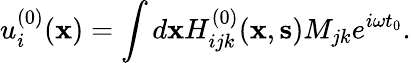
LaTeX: u_{i}^{(0)}({\mathbf x})=\int d{\mathbf x}H_{ijk}^{(0)}({\mathbf x},{\mathbf s})M_{jk}e^{i\omega t_{0}}.